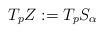
LaTeX: \begin{align*} T_p Z := T_p S_\alpha\end{align*}